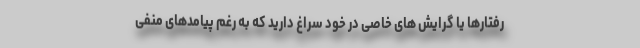
رفتارها یا گرایش های خاصی در خود سراغ دارید که به رغم پیامدهای منفی